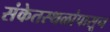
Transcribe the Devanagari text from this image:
संकेतस्थळांपासून